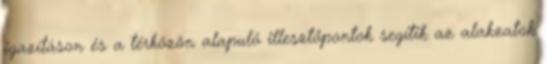
igazításon és a térközön alapuló illesztőpontok segítik az alakzatok